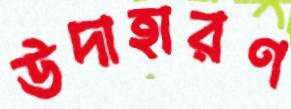
উদাহারণ